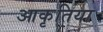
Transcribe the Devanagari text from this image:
आकृतिया